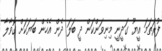
ފުރަތަމަ އީޔޫ ގަދީނީ މިނިވަންކަން ދީ ބަލަ ދެން އެހެން ބަޔަކަށް ގޮވާލާ